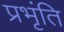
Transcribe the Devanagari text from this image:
प्रभृंति